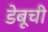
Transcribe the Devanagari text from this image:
डेबूची